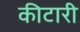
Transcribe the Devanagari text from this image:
कीटारी